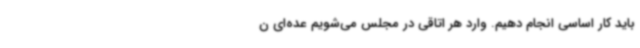
باید کار اساسی انجام دهیم. وارد هر اتاقی در مجلس می‌شویم عده‌ای ن